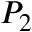
P _ { 2 }